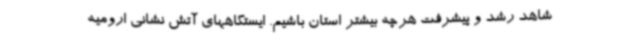
شاهد رشد و پیشرفت هرچه بیشتر استان باشیم. ایستگاههای آتش نشانی ارومیه